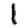
Digit: 1